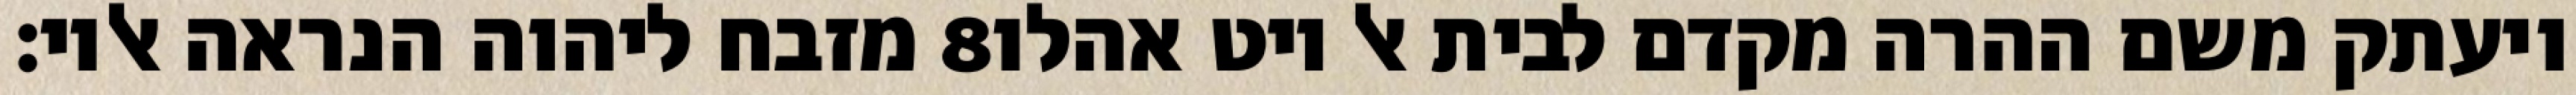
מזבח ליהוה הנראה אליו׃ ‎8‏ ויעתק משם ההרה מקדם לבית אל ויט אהלו